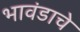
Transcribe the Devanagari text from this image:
भावंडाचे